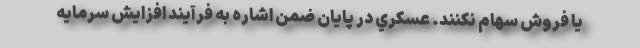
یا فروش سهام نکنند. عسكري در پايان ضمن اشاره به فرآيند افزايش سرمايه